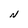
Character: N